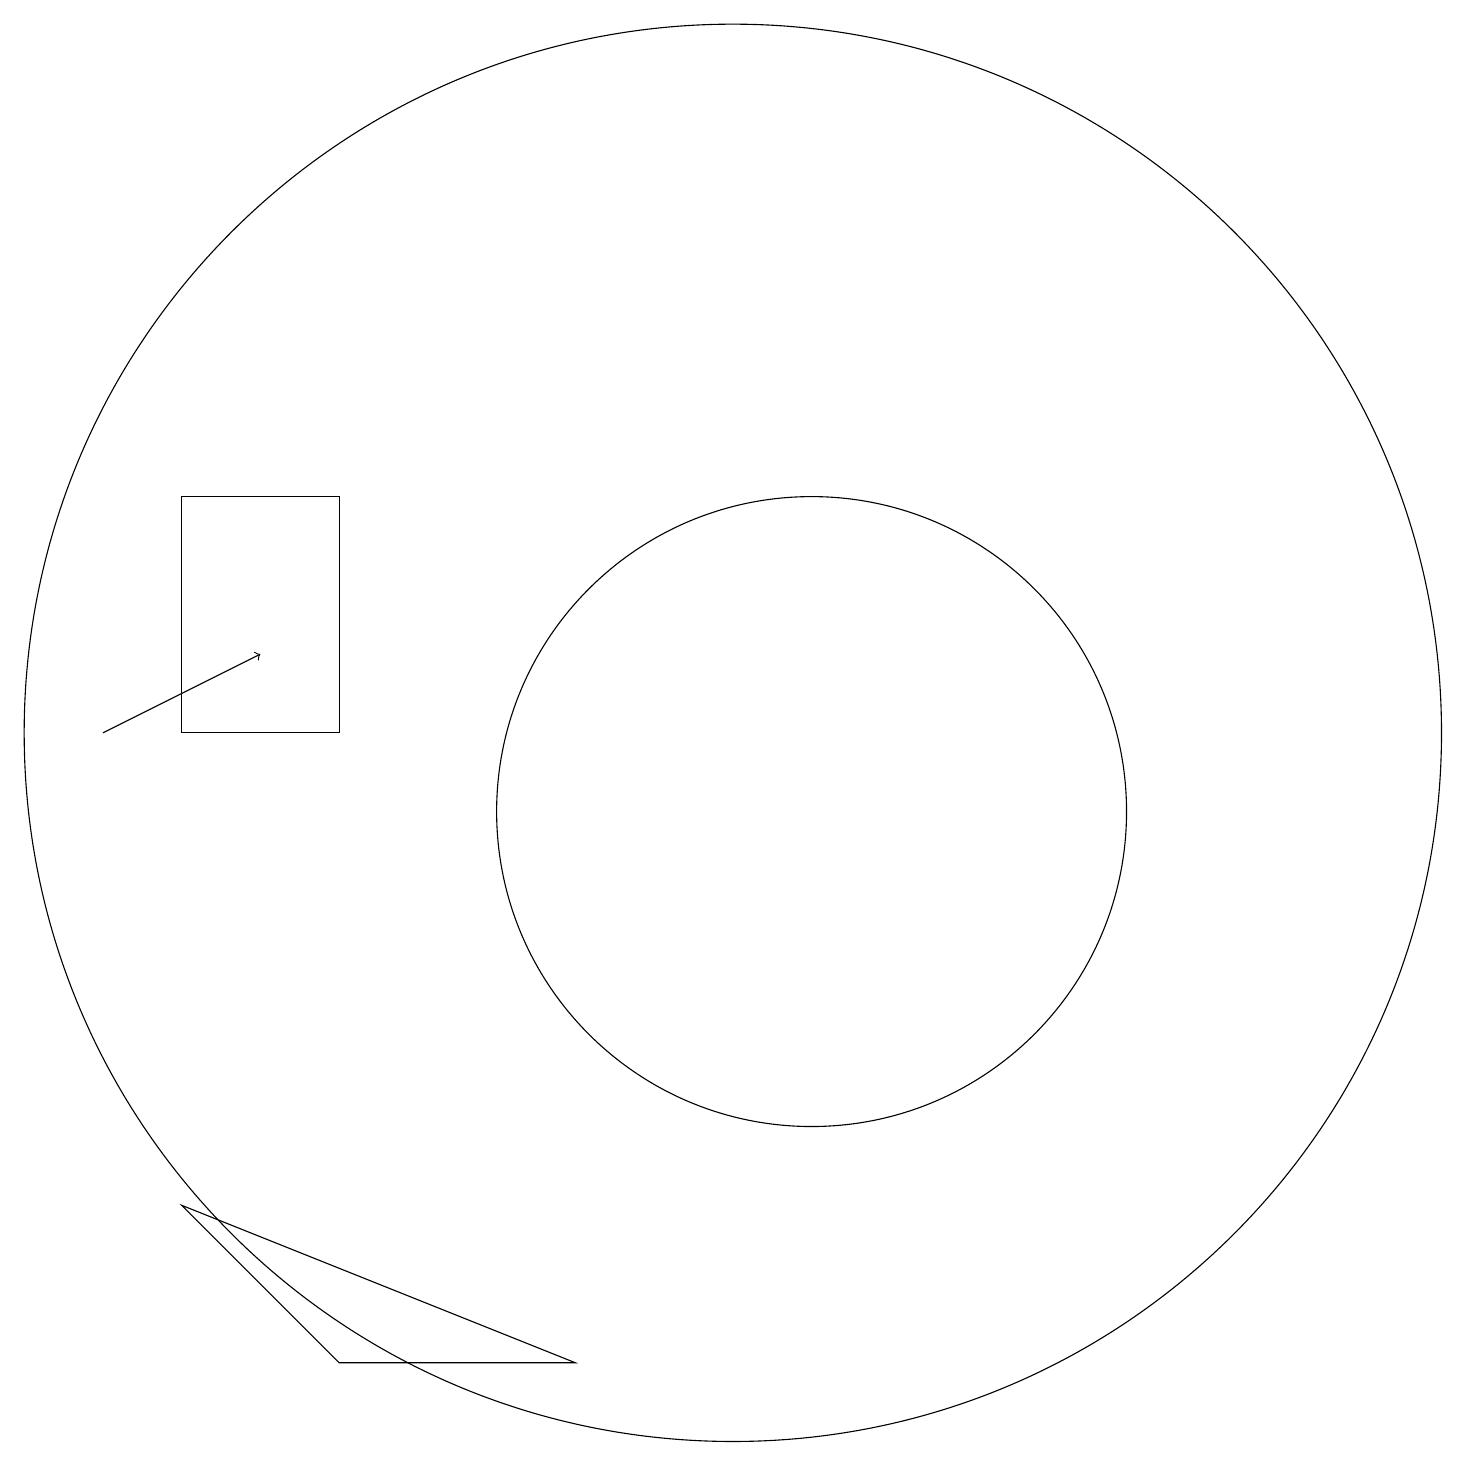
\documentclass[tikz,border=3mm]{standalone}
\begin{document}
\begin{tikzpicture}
\draw[->] (3,11) -- (5,12);
\draw (6,3) -- (4,5) -- (9,3) -- cycle;
\draw (11,11) circle (9);
\draw (6,14) rectangle (4,11);
\draw (12,10) circle (4);
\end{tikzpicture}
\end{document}